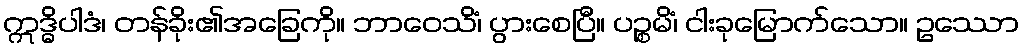
ဣဒ္ဓိပါဒံ၊ တန်ခိုး၏အခြေကို။ ဘာဝေသိံ၊ ပွားစေပြီ။ ပဉ္စမိံ၊ ငါးခုမြောက်သော။ ဥဿော